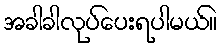
အခါခါလုပ်ပေးရပါမယ်။